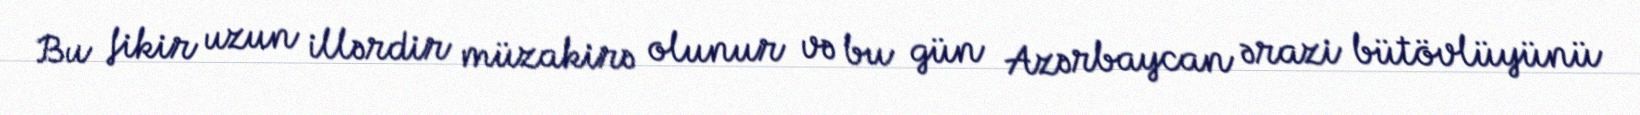
Bu fikir uzun illərdir müzakirə olunur və bu gün Azərbaycan ərazi bütövlüyünü